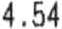
4.54